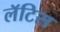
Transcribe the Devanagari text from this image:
लॅटिस